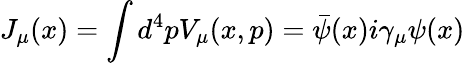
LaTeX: J_{\mu}(x)=\int d^{4}pV_{\mu}(x,p)={\bar{\psi}}(x)i\gamma_{\mu}\psi(x)